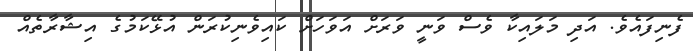
ފެނިފައެވެ. އަދި މަލައިކާ ވެސް ވަނީ ވަރަށް އަވަހަށް ކައިވެނިކުރަން އުޅޭކަމުގެ އިޝާރާތެއް